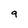
Character: 9